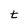
Character: t